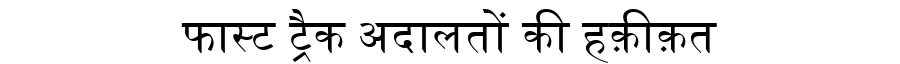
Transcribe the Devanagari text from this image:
फास्ट ट्रैक अदालतों की हक़ीक़त